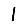
Digit: 1